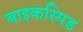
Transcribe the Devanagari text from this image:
बाइकस्पिड